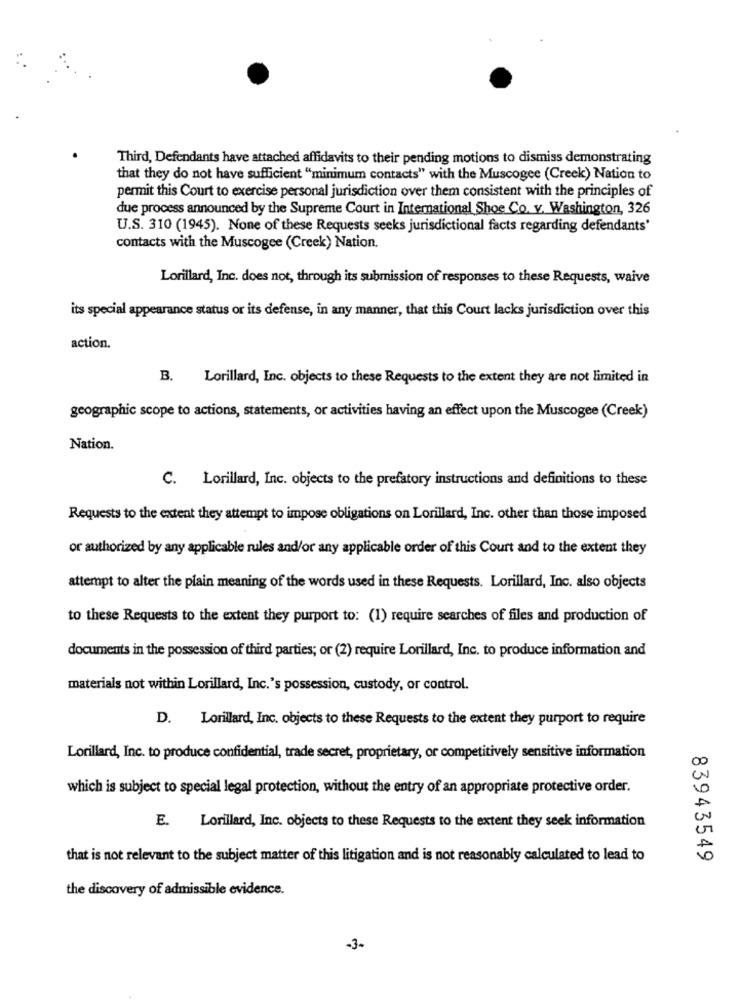
Third, Defendants have attached affidavits to their pending motions to dismiss demonstrating
that they do not have sufficient "minimum contacts" with the Muscogee (Creek) Nation to
permit this Court to exercise personal jurisdiction over them consistent with the principles of
due process announced by the Supreme Court in International Shoe Co. v. Washington, 326
U.S. 310 (1945). None of these Requests seeks jurisdictional facts regarding defendants'
contacts with the Muscogee (Creek) Nation.
Lorillard, Inc. does not, through its submission of responses to these Requests, waive
its special appearance status or its defense, in any manner, that this Court lacks jurisdiction over this
action.
B. Lorillard, Inc. objects to these Requests to the extent they are not limited in
geographic scope to actions, statements, or activities having an effect upon the Muscogee (Creek)
Nation.
C. Lorillard, Inc. objects to the prefatory instructions and definitions to these
Requests to the extent they attempt to impose obligations on Lorillard, Inc. other than those imposed
or authorized by any applicable rules and/or any applicable order of this Court and to the extent they
attempt to alter the plain meaning of the words used in these Requests. Lorillard, Inc. also objects
to these Requests to the extent they purport to: (1) require searches of files and production of
documents in the possession of third parties; or (2) require Lorillard, Inc. to produce information and
materials not within Lorillard, Inc.'s possession, custody, or control.
D. Lorillard, Inc. objects to these Requests to the extent they purport to require
Lorillard, Inc. to produce confidential, trade secret, proprietary, or competitively sensitive information
which is subject to special legal protection, without the entry of an appropriate protective order.
E. Lorillard, Inc. objects to these Requests to the extent they seek information
that is not relevant to the subject matter of this litigation and is not reasonably calculated to lead to
83943549
the discovery of admissible evidence.
-3-